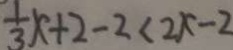
\frac { 1 } { 3 } x + 2 - 2 < 2 x - 2